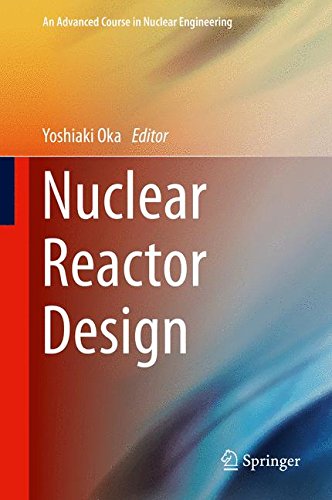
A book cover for Nuclear Reactor Design (An Advanced Course in Nuclear Engineering); Science & Math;